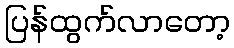
ပြန်ထွက်လာတော့